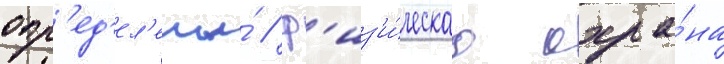
опр'ед'ел'ены́ / ф'из'и́ческаа охра́на